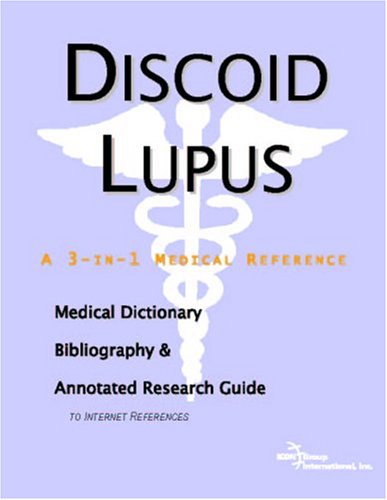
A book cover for Discoid Lupus - A Medical Dictionary, Bibliography, and Annotated Research Guide to Internet References; Icon Health Publications; Health, Fitness & Dieting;